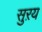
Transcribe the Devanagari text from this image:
सुऱय